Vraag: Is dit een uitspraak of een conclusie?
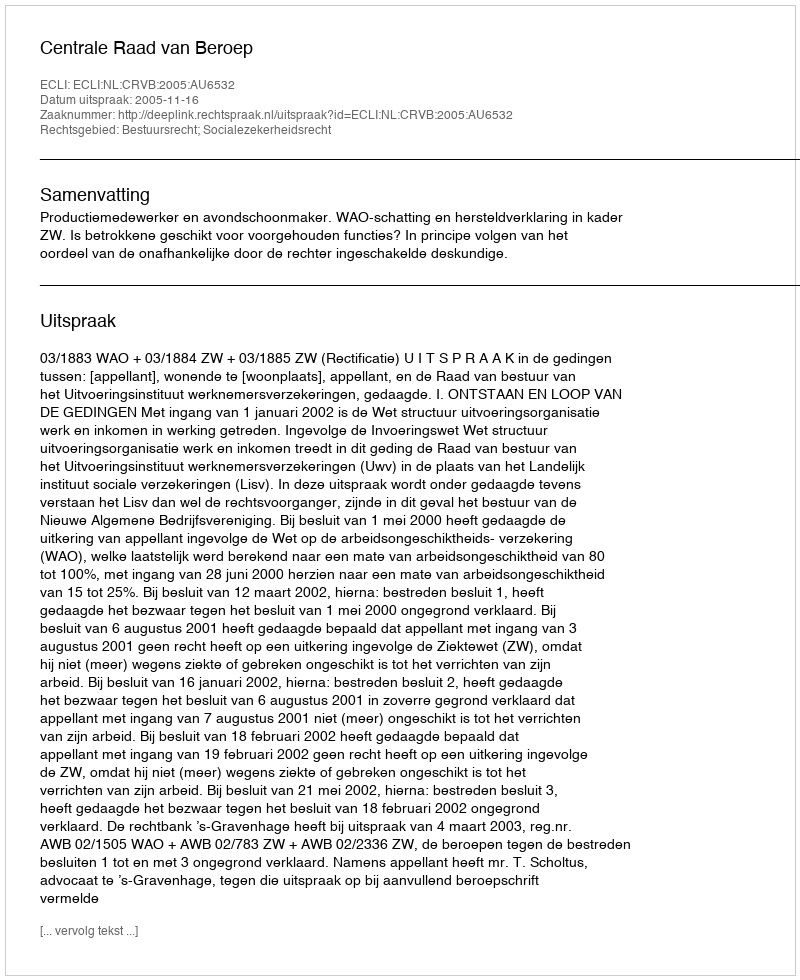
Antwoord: Uitspraak